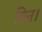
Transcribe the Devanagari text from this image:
बिन।